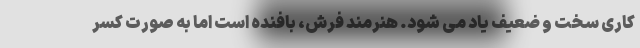
کاری سخت و ضعیف یاد می شود. هنرمند فرش، بافنده است اما به صورت کسر